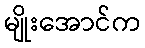
မျိုးအောင်က